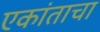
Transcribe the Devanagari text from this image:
एकांताचा